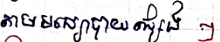
តាមមធ្យោបាយផ្សេងៗ